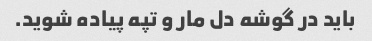
باید در گوشه دل مار و تپه پیاده شوید.